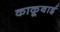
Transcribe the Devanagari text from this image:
काकूबाई